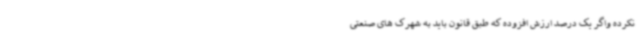
نکرده واگر یک درصد ارزش افزوده که طبق قانون باید به شهرک های صنعتی